Calcutta medical institutions reports 1879-81 [i.e.91]
Year: 1879
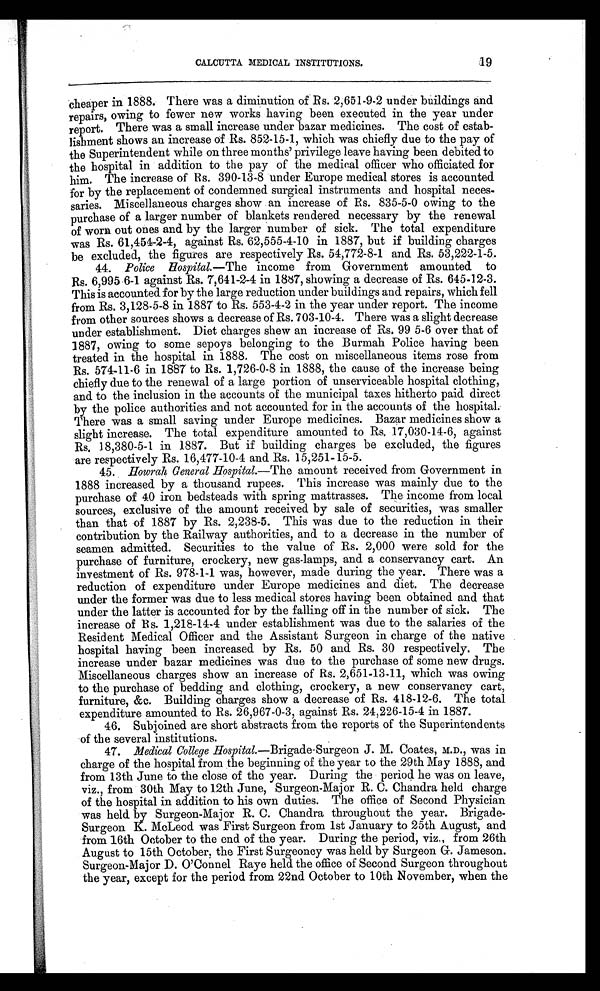
CALCUTTA MEDICAL INSTITUTIONS.
19
cheaper in 1888. There was a diminution of Rs. 2,651-9-2 under buildings and
repairs, owing to fewer new works having been executed in the year under
report. There was a small increase under bazar medicines. The cost of estab-
lishment shows an increase of Rs. 852-15-1, which was chiefly due to the pay of
the Superintendent while on three months' privilege leave having been debited to
the hospital in addition to the pay of the medical officer who officiated for
him. The increase of Rs. 390-13-8 under Europe medical stores is accounted
for by the replacement of condemned surgical instruments and hospital neces-
saries. Miscellaneous charges show an increase of Rs. 835-5-0 owing to the
purchase of a larger number of blankets rendered necessary by the renewal
of worn out ones and by the larger number of sick. The total expenditure
was Rs. 61,454-2-4, against Rs. 62,555-4-10 in 1887, but if building charges
be excluded, the figures are respectively Rs. 54,772-8-1 and Rs. 53,222-1-5.
44. Police Hospital.—The income from Government amounted to
Rs. 6,995-6-1 against Rs. 7,641-2-4 in 1887, showing a decrease of Rs. 645-12-3.
This is accounted for by the large reduction under buildings and repairs, which fell
from Rs. 3,128-5-8 in 1887 to Rs. 553-4-2 in the year under report. The income
from other sources shows a decrease of Rs. 703-10-4. There was a slight decrease
under establishment. Diet charges shew an increase of Rs. 99 5-6 over that of
1887, owing to some sepoys belonging to the Burmah Police having been
treated in the hospital in 1888. The cost on miscellaneous items rose from
Rs. 574-11-6 in 1887 to Rs. 1,726-0-8 in 1888, the cause of the increase being
chiefly due to the renewal of a large portion of unserviceable hospital clothing,
and to the inclusion in the accounts of the municipal taxes hitherto paid direct
by the police authorities and not accounted for in the accounts of the hospital.
There was a small saving under Europe medicines. Bazar medicines show a
slight increase. The total expenditure amounted to Rs. 17,030-14-6, against
Rs. 18,380-5-1 in 1887. But if building charges be excluded, the figures
are respectively Rs. 16,477-10-4 and Rs. 15,251-15-5.
45. Howrah General Hospital .—The amount received from Government in
1888 increased by a thousand rupees. This increase was mainly due to the
purchase of 40 iron bedsteads with spring mattrasses. The income from local
sources, exclusive of the amount received by sale of securities, was smaller
than that of 1887 by Rs. 2,238-5. This was due to the reduction in their
contribution by the Railway authorities, and to a decrease in the number of
seamen admitted. Securities to the value of Rs. 2,000 were sold for the
purchase of furniture, crockery, new gas-lamps, and a conservancy cart. An
investment of Rs. 978-1-1 was, however, made during the year. There was a
reduction of expenditure under Europe medicines and diet. The decrease
under the former was due to less medical stores having been obtained and that
under the latter is accounted for by the falling off in the number of sick. The
increase of Rs. 1,218-14-4 under establishment was due to the salaries of the
Resident Medical Officer and the Assistant Surgeon in charge of the native
hospital having been increased by Rs. 50 and Rs. 30 respectively. The
increase under bazar medicines was due to the purchase of some new drugs.
Miscellaneous charges show an increase of Rs. 2,651-13-11, which was owing
to the purchase of bedding and clothing, crockery, a new conservancy cart,
furniture, &c. Building charges show a decrease of Rs. 418-12-6. The total
expenditure amounted to Rs. 26,967-0-3, against Rs. 24,226-15-4 in 1887.
46. Subjoined are short abstracts from the reports of the Superintendents
of the several institutions.
47. Medical College Hospital.—Brigade-Surgeon J. M. Coates, M.D., was in
charge of the hospital from the beginning of the year to the 29th May 1888, and
from 13th June to the close of the year. During the period he was on leave,
viz., from 30th May to 12th June, Surgeon-Major R. C. Chandra held charge
of the hospital in addition to his own duties. The office of Second Physician
was held by Surgeon-Major R. C. Chandra throughout the year. Brigade-
Surgeon K. McLeod was First Surgeon from 1st January to 25th August, and
from 16th October to the end of the year. During the period, viz., from 26th
August to 15th October, the First Surgeoncy was held by Surgeon G. Jameson.
Surgeon-Major D. O’Connel Raye held the office of Second Surgeon throughout
the year, except for the period from 22nd October to 10th November, when the